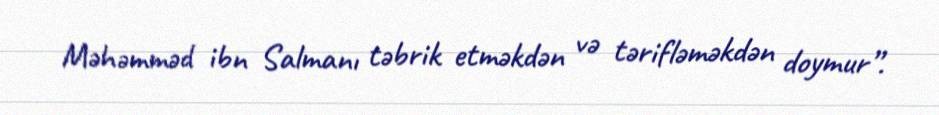
Məhəmməd ibn Salmanı təbrik etməkdən və tərifləməkdən doymur”.